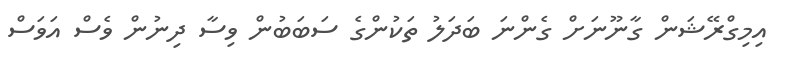
އިމިގްރޭޝަން ގާނޫނަށް ގެންނަ ބަދަލު ތަކުންގެ ސަބަބުން ވިސާ ދިނުން ވެސް އަވަސް